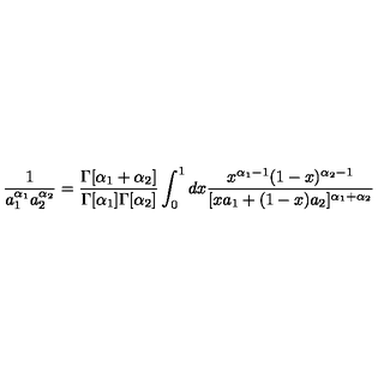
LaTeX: \frac { 1 } { a _ { 1 } ^ { \alpha _ { 1 } } a _ { 2 } ^ { \alpha _ { 2 } } } = \frac { \Gamma [ \alpha _ { 1 } + \alpha _ { 2 } ] } { \Gamma [ \alpha _ { 1 } ] \Gamma [ \alpha _ { 2 } ] } \int _ { 0 } ^ { 1 } d x \frac { x ^ { \alpha _ { 1 } - 1 } ( 1 - x ) ^ { \alpha _ { 2 } - 1 } } { [ x a _ { 1 } + ( 1 - x ) a _ { 2 } ] ^ { \alpha _ { 1 } + \alpha _ { 2 } } }